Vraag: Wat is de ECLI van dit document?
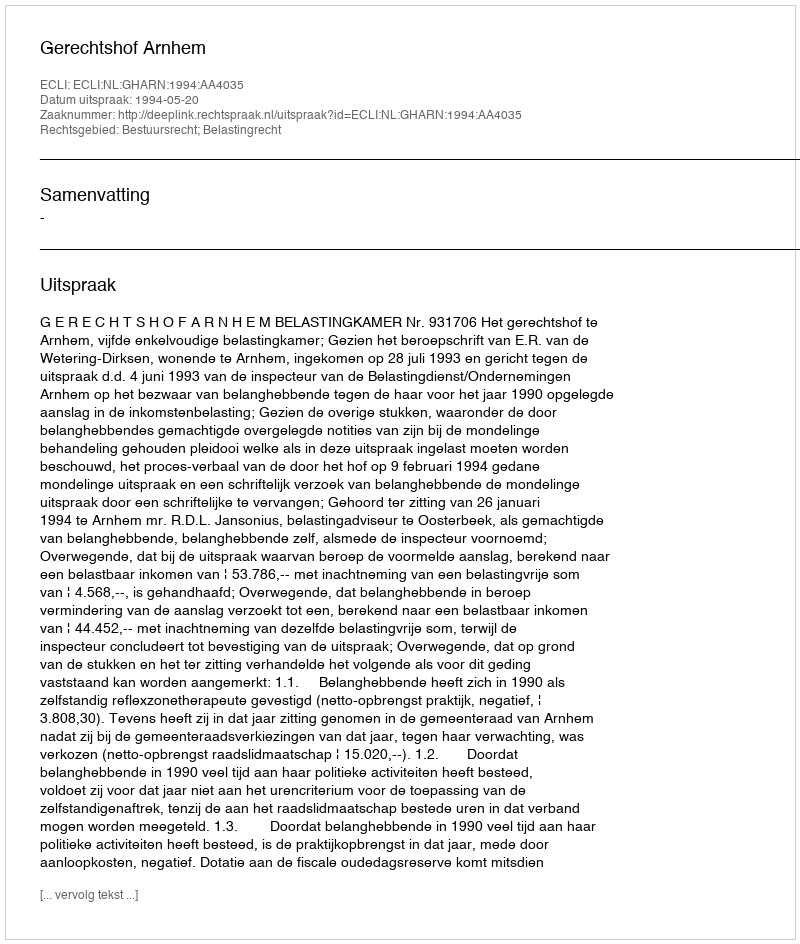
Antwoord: ECLI:NL:GHARN:1994:AA4035